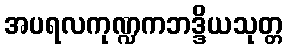
အပရလကုဏ္ဍကဘဒ္ဒိယသုတ္တ